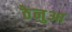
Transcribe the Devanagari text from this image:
ठेनुआ